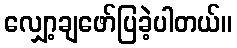
လျှော့ချဖော်ပြခဲ့ပါတယ်။